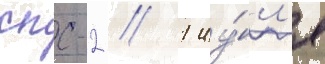
спс-2 // 1 иу́л'я